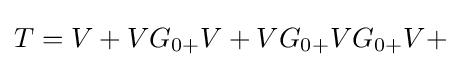
T=V+V{G_{0+}}V+V{G_{0+}}V{G_{0+}}V+